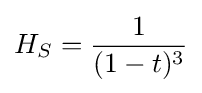
H_{S}={\frac {1}{(1-t)^{3}}}